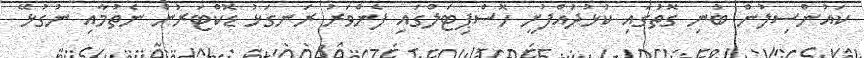
ކައުންސިލުން ބުނި ގޮތުގައި ކުޅުދުއްފުށީ ހޮސްޕިޓަލްގައި ފެންވަރު ރަނގަޅު ޑޮކްޓަރުން ނެތުމާއި ނުގުޅޭ